Report on the working of the mental hospitals for Indians in Bihar and Orissa - 1925-1929
Year: 1925
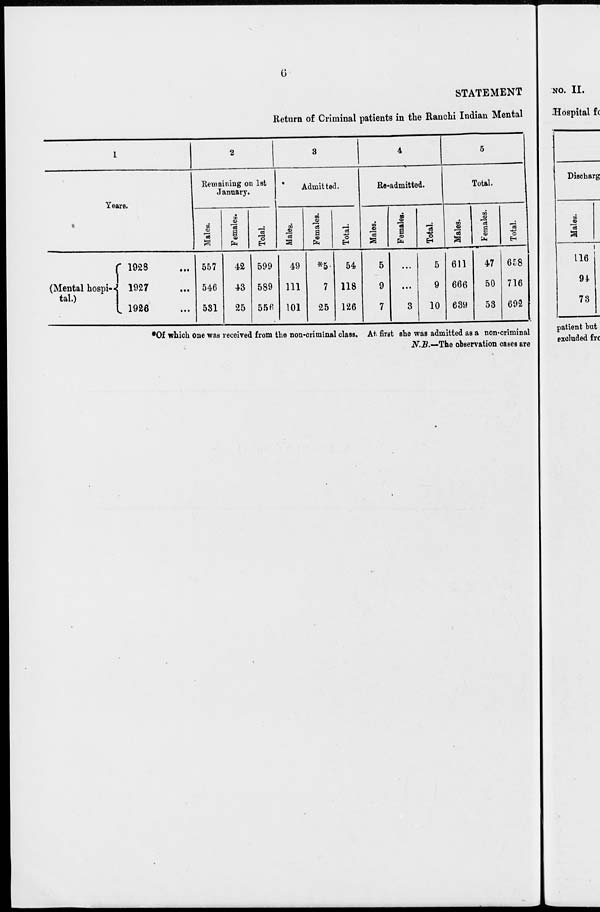
6
STATEMENT
Return of Criminal patients in the Ranchi Indian Mental
1
Years.
(Mental hospi-
tal.)
1928 ...
1927 ...
1926 ...
2
Remaining on 1st
January.
Males.
557
546
531
Females.
42
43
25
Tolal.
599
589
556
3
Admitted.
Males.
49
111
101
Females.
*5
7
25
Total.
54
118
126
4
Re-admitted.
Males.
5
9
7
Females.
...
...
3
Total.
5
9
10
5
Total.
Males.
611
666
639
Females.
47
50
53
Total.
658
716
692
*Of which one was received from the non-criminal class. At. first she was admitted as a non-criminal
N.B.—The observation cases are